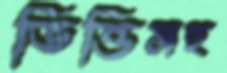
ভিত্তিসহ